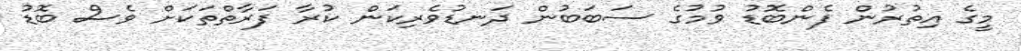
މީގެ އިތުރުން ފެންބޮޑު ވުމުގެ ސަބަބުން ދަނޑުވެރިކަން ކުރާ ފަރާތްތަކަށް ވެސް ބޮޑު